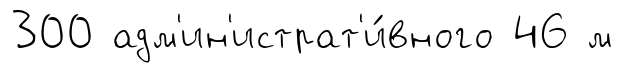
300 адм'ин'истрат'и́вного 46 м